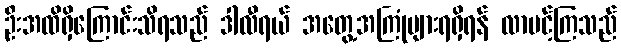
ဦးအထိရှိကြောင်းသိရသည် ဒါလီရယ် အတွေ့အကြုံများရရှိရန် လာပင့်ကြသည်